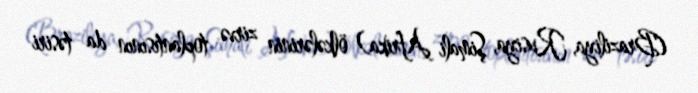
(Braziliya, Rusiya, Şimali Afrika) ölkələrinin zirvə toplantısının da təsiri